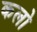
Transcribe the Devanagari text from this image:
कलो